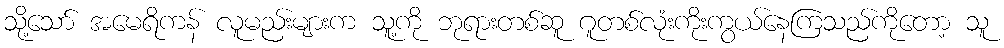
သို့သော် အမေရိကန် လူမည်းများက သူ့ကို ဘုရားတစ်ဆူ ဂူတစ်လုံးကိုးကွယ်နေကြသည်ကိုတော့ သူ